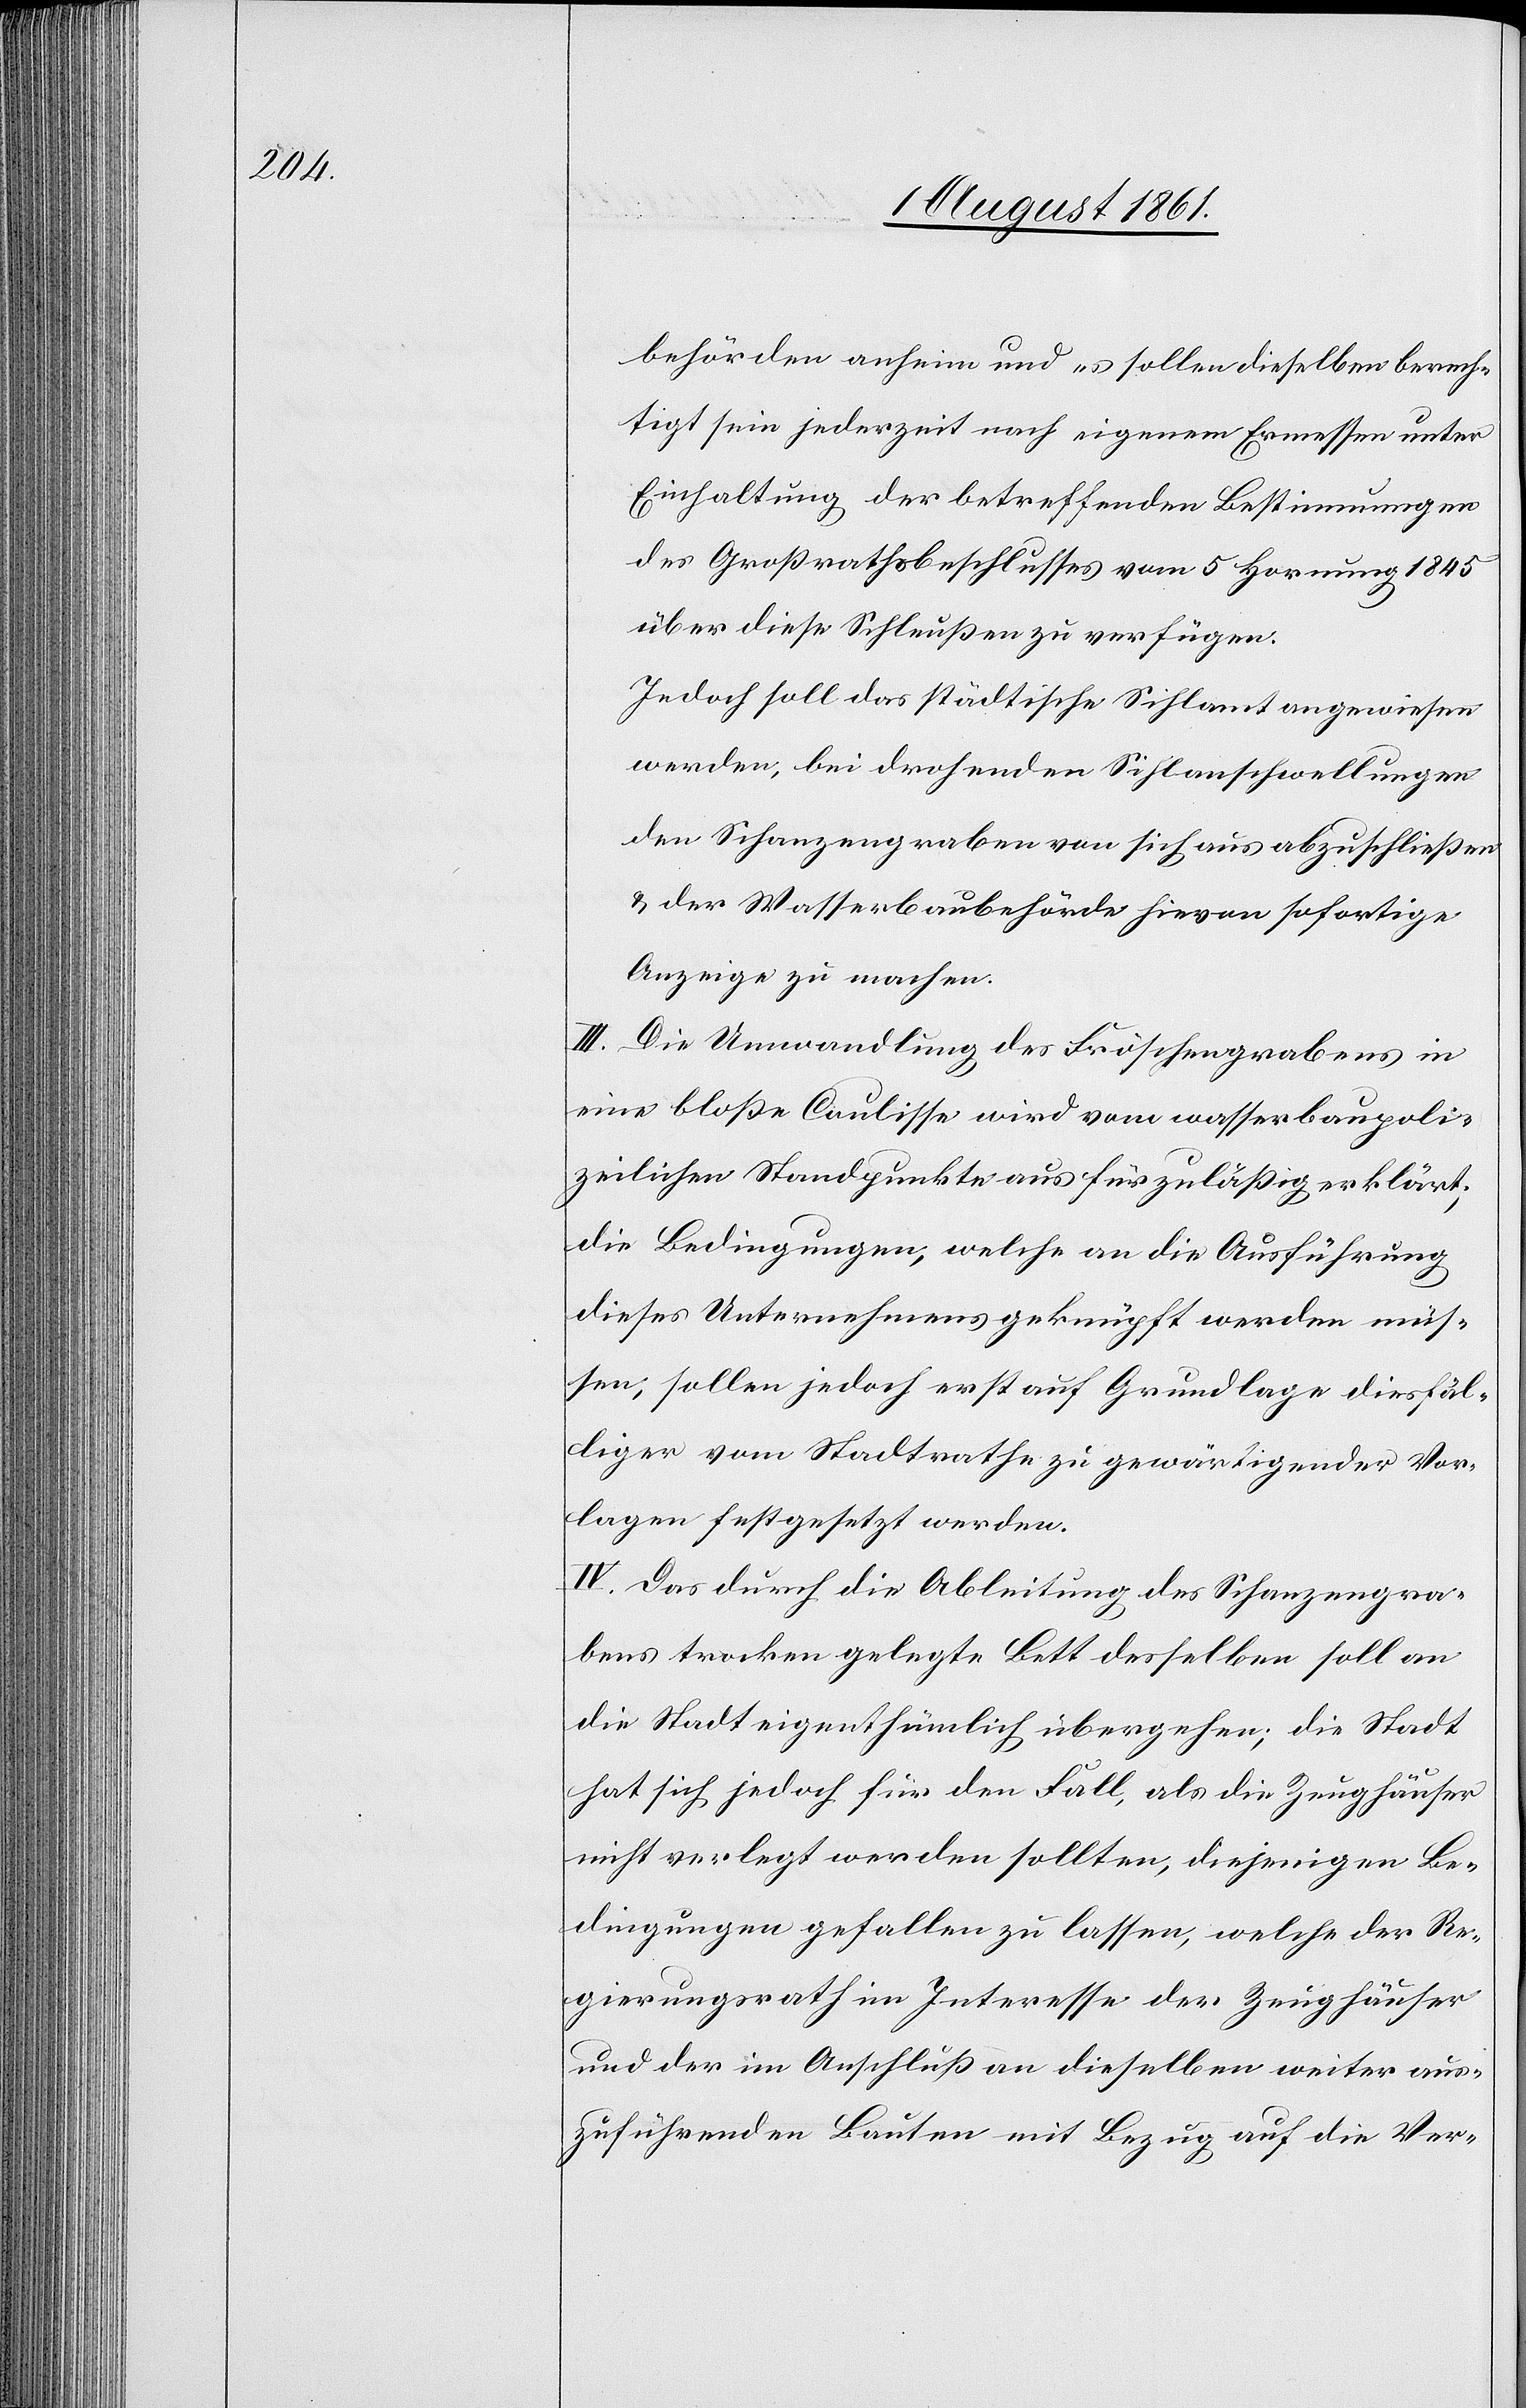
behörden anheim und es sollen dieselben berech¬
tigt sein jederzeit nach eigenem Ermessen unter
Einhaltung der betreffenden Bestimmungen
des Gemeindrathsbeschlusses vom 5 Hornung 1845
über diese Schleußen zu verfügen.
Jedoch soll das städtische Sihlamt angewiesen
werden, bei drohenden Sihlanschwellungen
den Schanzengraben von sich aus abzuschließen
u. der Wasserbaubehörde hievon sofortige
Anzeige zu machen.
III. Die Umwandlung des Fröschengrabens in
eine bloße Coulisse wird vom wasserbaupoli¬
zeilichen Standpunkte aus für zuläßig erklärt;
die Bedingungen, welche an die Ausführung
dieses Unternehmens geknüpft werden müs¬
sen, sollen jedoch erst auf Grundlage diesfäl¬
liger vom Stadtrathe zu gewärtigender Vor¬
lagen festgesetzt werden.
IV. Das durch die Ableitung des Schanzengra¬
bens trocken gelegte Bett desselben soll an
die Stadt eigenthümlich übergehen; die Stadt
hat sich jedoch für den Fall, als die Zeughäuser
nicht verlegt werden sollten, diejenigen Be¬
dingungen gefallen zu lassen, welche der Re¬
gierungsrath im Interesse der Zeughäuser
und der im Anschluß an dieselben weiter¬
zuführenden Bauten mit Bezug auf die Ver-